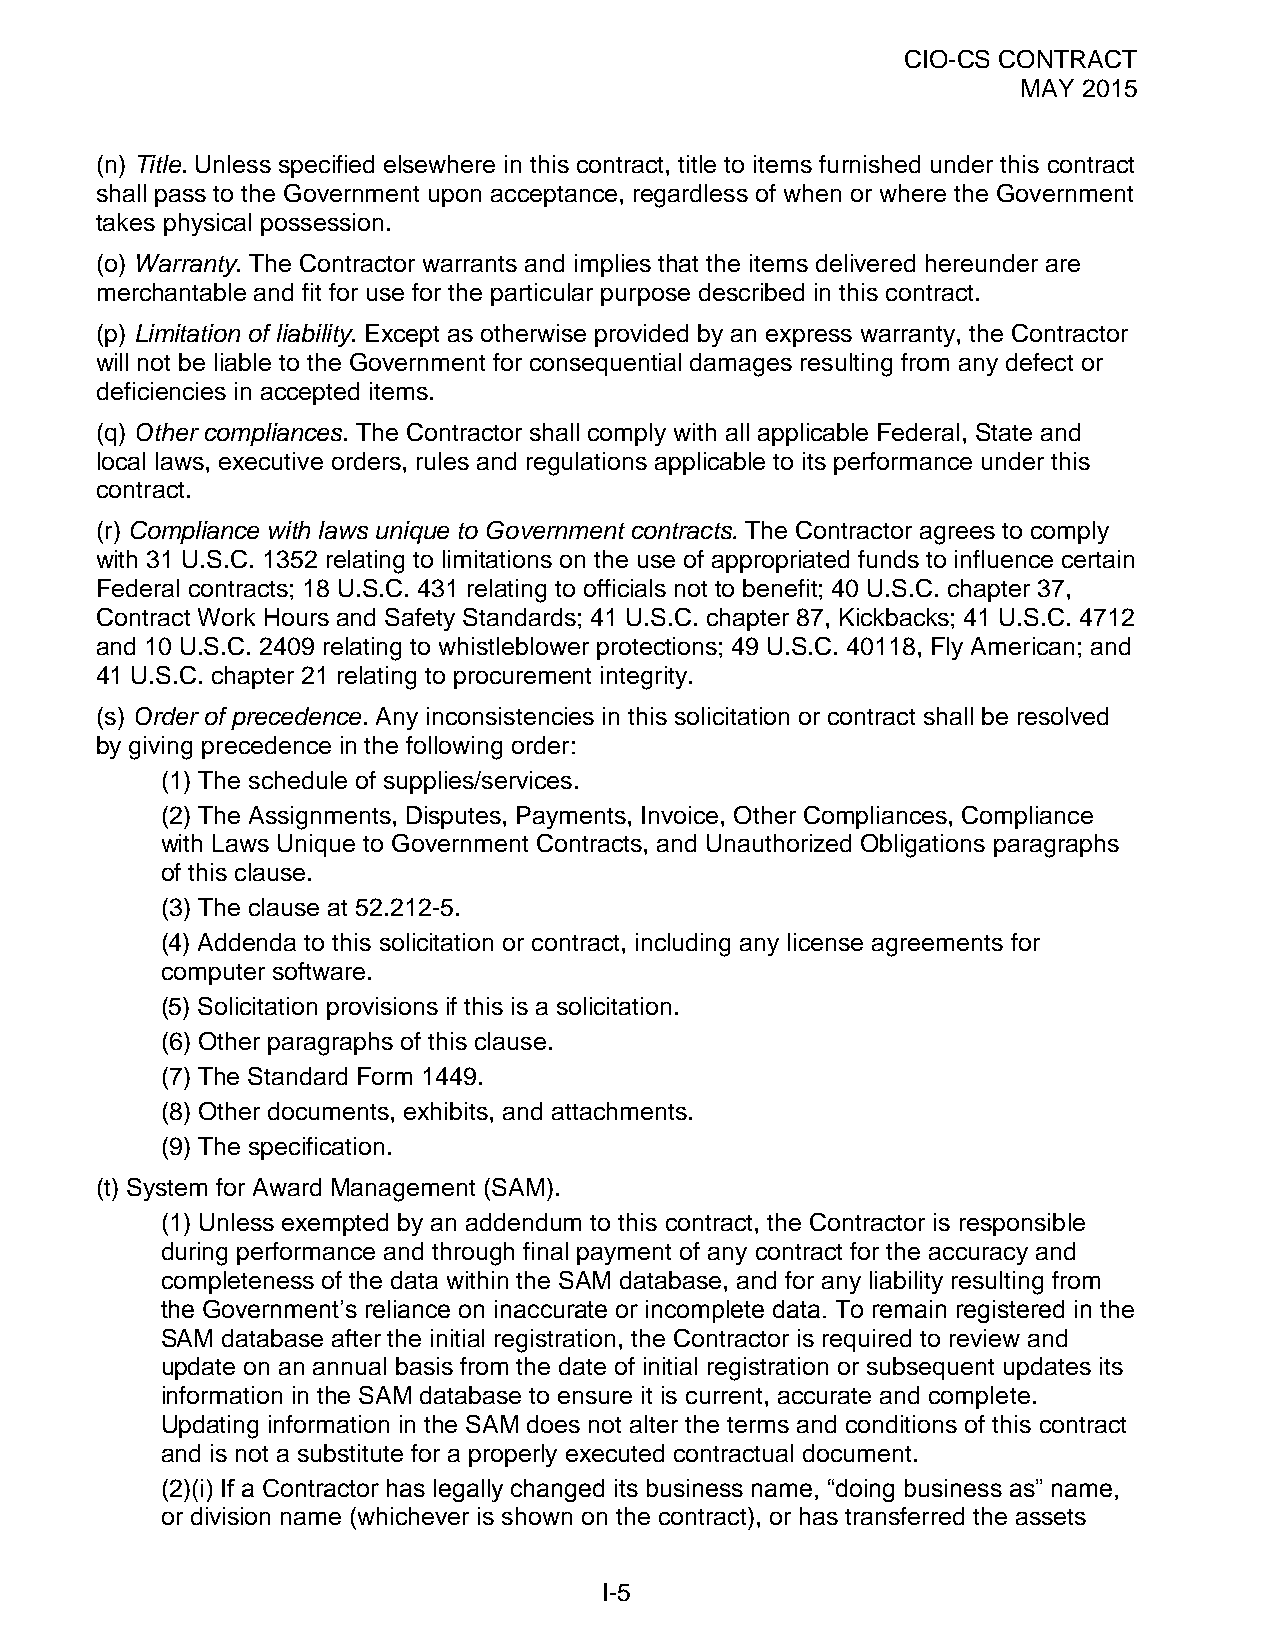
CIO-CS CONTRACT
 MAY 2015
 (n) Title. Unless specified elsewhere in this contract, title to items furnished under this contract
 shall pass to the Government upon acceptance, regardless of when or where the Government
 takes physical possession.
 (o) Warranty. The Contractor warrants and implies that the items delivered hereunder are
 merchantable and fit for use for the particular purpose described in this contract.
 (p) Limitation of liability. Except as otherwise provided by an express warranty, the Contractor
 will not be liable to the Government for consequential damages resulting from any defect or
 deficiencies in accepted items.
 (q) Other compliances. The Contractor shall comply with all applicable Federal, State and
 local laws, executive orders, rules and regulations applicable to its performance under this
 contract.
 (r) Compliance with laws unique to Government contracts. The Contractor agrees to comply
 with 31 U.S.C. 1352 relating to limitations on the use of appropriated funds to influence certain
 Federal contracts; 18 U.S.C. 431 relating to officials not to benefit; 40 U.S.C. chapter 37,
 Contract Work Hours and Safety Standards; 41 U.S.C. chapter 87, Kickbacks; 41 U.S.C. 4712
 and 10 U.S.C. 2409 relating to whistleblower protections; 49 U.S.C. 40118, Fly American; and
 41 U.S.C. chapter 21 relating to procurement integrity.
 (s) Order of precedence. Any inconsistencies in this solicitation or contract shall be resolved
 by giving precedence in the following order:
 (1) The schedule of supplies/services.
 (2) The Assignments, Disputes, Payments, Invoice, Other Compliances, Compliance
 with Laws Unique to Government Contracts, and Unauthorized Obligations paragraphs
 of this clause.
 (3) The clause at 52.212-5.
 (4) Addenda to this solicitation or contract, including any license agreements for
 computer software.
 (5) Solicitation provisions if this is a solicitation.
 (6) Other paragraphs of this clause.
 (7) The Standard Form 1449.
 (8) Other documents, exhibits, and attachments.
 (9) The specification.
 (t) System for Award Management (SAM).
 (1) Unless exempted by an addendum to this contract, the Contractor is responsible
 during performance and through final payment of any contract for the accuracy and
 completeness of the data within the SAM database, and for any liability resulting from
 the Government’s reliance on inaccurate or incomplete data. To remain registered in the
 SAM database after the initial registration, the Contractor is required to review and
 update on an annual basis from the date of initial registration or subsequent updates its
 information in the SAM database to ensure it is current, accurate and complete.
 Updating information in the SAM does not alter the terms and conditions of this contract
 and is not a substitute for a properly executed contractual document.
 (2)(i) If a Contractor has legally changed its business name, “doing business as” name,
 or division name (whichever is shown on the contract), or has transferred the assets
 I-5